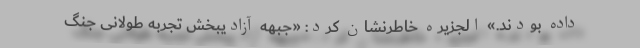
داده بودند.» الجزیره خاطرنشان کرد: «جبهه آزادیبخش تجربه طولانی جنگ